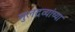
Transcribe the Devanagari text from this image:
मुलद्रव्यांच्या